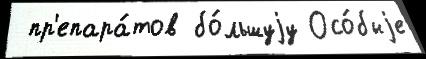
 пр'епара́тов бо́льшуjу Осо́быjе